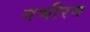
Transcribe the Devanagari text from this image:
गभीरम